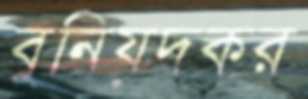
বুনিয়দকর